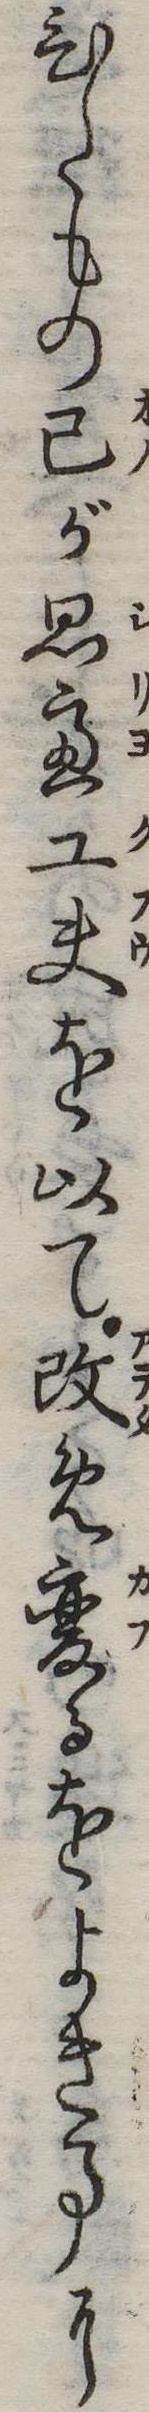
ひたもの己が思慮工夫を以て改め変るをよき事に